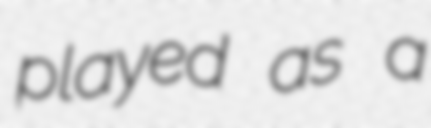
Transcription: played as a